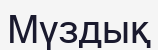
Мүздық